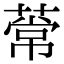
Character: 𫉒